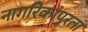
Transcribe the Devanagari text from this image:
नागरिकांपुरता